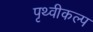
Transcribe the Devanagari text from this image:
पृथ्वीकल्प